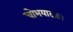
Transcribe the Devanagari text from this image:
चोभयादतः।